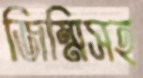
জিম্মিসহ